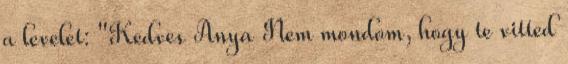
a levelet: "Kedves Anya Nem mondom, hogy te vitted